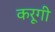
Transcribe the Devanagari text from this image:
करूगी